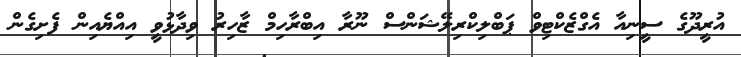
އުރީދޫގެ ސީނިއާ އެގްޒެކްޓިވް ޕަބްލިކްރިލޭޝަންސް ނޫރާ އިބްރާހިމް ޒާހިރު ވިދާޅުވީ އިއްޔެއިން ފެށިގެން